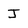
Character: J